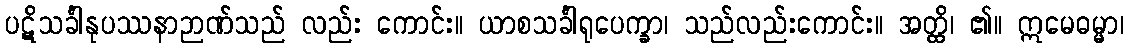
ပဋိသင်္ခါနုပဿနာဉာဏ်သည် လည်း ကောင်း။ ယာစသင်္ခါရုပေက္ခာ၊ သည်လည်းကောင်း။ အတ္ထိ၊ ၏။ ဣမေဓမ္မာ၊